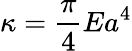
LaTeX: {\kappa}=\frac{\pi}{4}Ea^{4}